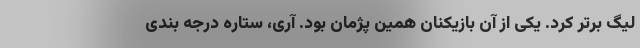
لیگ برتر کرد. یکی از آن بازیکنان همین پژمان بود. آری، ستاره درجه بندی